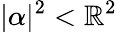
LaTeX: \vert\alpha\vert^{2}<\mathbb{R}^{2}